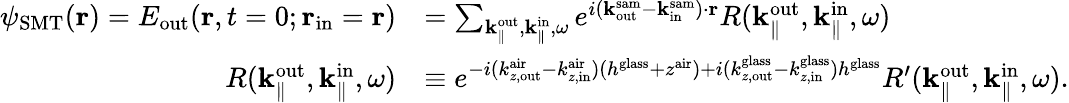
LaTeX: \begin{array}{rl}{\psi_{\mathrm{SMT}}({\mathbf r})=E_{\mathrm{out}}({\mathbf r},t=0;{\mathbf r}_{\mathrm{in}}={\mathbf r})}&{=\sum_{{\mathbf k}_{\parallel}^{\mathrm{out}},{\mathbf k}_{\parallel}^{\mathrm{in}},\omega}e^{i({\mathbf k}_{\mathrm{out}}^{\mathrm{sam}}-{\mathbf k}_{\mathrm{in}}^{\mathrm{sam}})\cdot{\mathbf r}}R({\mathbf k}_{\parallel}^{\mathrm{out}},{\mathbf k}_{\parallel}^{\mathrm{in}},\omega)}\\ {R({\mathbf k}_{\parallel}^{\mathrm{out}},{\mathbf k}_{\parallel}^{\mathrm{in}},\omega)}&{\equiv e^{-i(k_{z,\mathrm{out}}^{\mathrm{air}}-k_{z,\mathrm{in}}^{\mathrm{air}})(h^{\mathrm{glass}}+z^{\mathrm{air}})+i({k}_{z,\mathrm{out}}^{\mathrm{glass}}-{k}_{z,\mathrm{in}}^{\mathrm{glass}})h^{\mathrm{glass}}}R^{\prime}({\mathbf k}_{\parallel}^{\mathrm{out}},{\mathbf k}_{\parallel}^{\mathrm{in}},\omega).}\end{array}